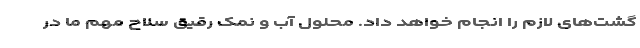
گشت‌های لازم را انجام خواهد داد. محلول آب و نمک رقیق سلاح مهم ما در